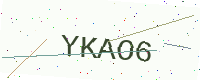
Text: YKAO6